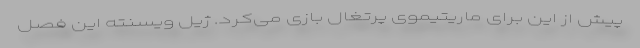
پیش از این برای ماریتیموی پرتغال بازی می‌کرد. ژیل ویسنته این فصل